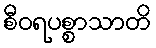
စီဝရပစ္စာသာတိ